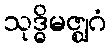
သုဒ္ဓိမဇ္ဈဂံ